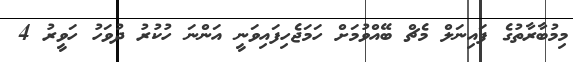
މިމުބާރާތުގެ ފައިނަލް މެޗް ބޭއްވުމަށް ހަމަޖެހިފައިވަނީ އަންނަ ހުކުރު ދުވަހު ހަވީރު 4